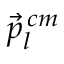
\vec { p } _ { l } ^ { \, c m }